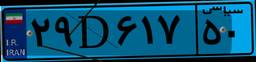
۲۹D۶۱۷۵۰